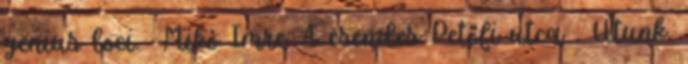
genius loci. Mikó Imre: A csendes Petőfi utca . Utunk.